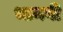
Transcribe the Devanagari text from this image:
भानवी